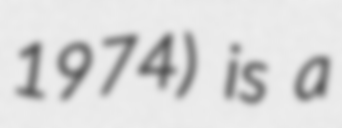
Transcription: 1974) is a